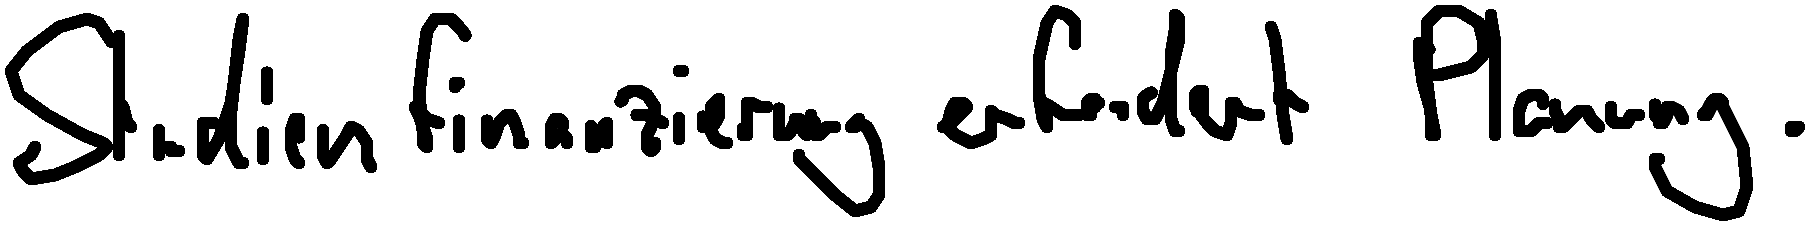
Studienfinanzierung erfordert Planung.